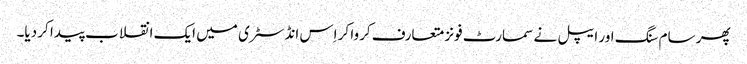
پھر سام سنگ اور ایپل نے سمارٹ فونز متعارف کروا کر اِس انڈسٹری میں ایک انقلاب پیدا کر دیا۔